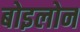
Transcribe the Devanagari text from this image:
बोइलोन